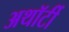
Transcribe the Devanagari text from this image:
अथॉर्टी